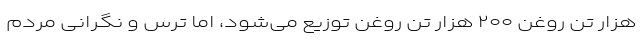
هزار تن روغن ۲۰۰ هزار تن روغن توزیع می‌شود، اما ترس و نگرانی مردم